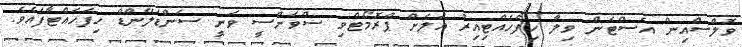
ވޮލްސްއިން އެސްޓަން ވިލާ ހިފެހެއްޓިއިރު އަލަށް ޕްރޮމޯޓްވި ސްވަންސީ ވަނީ ސަންޑަލޭންޑް ހިފަހައްޓާފައެވެ.